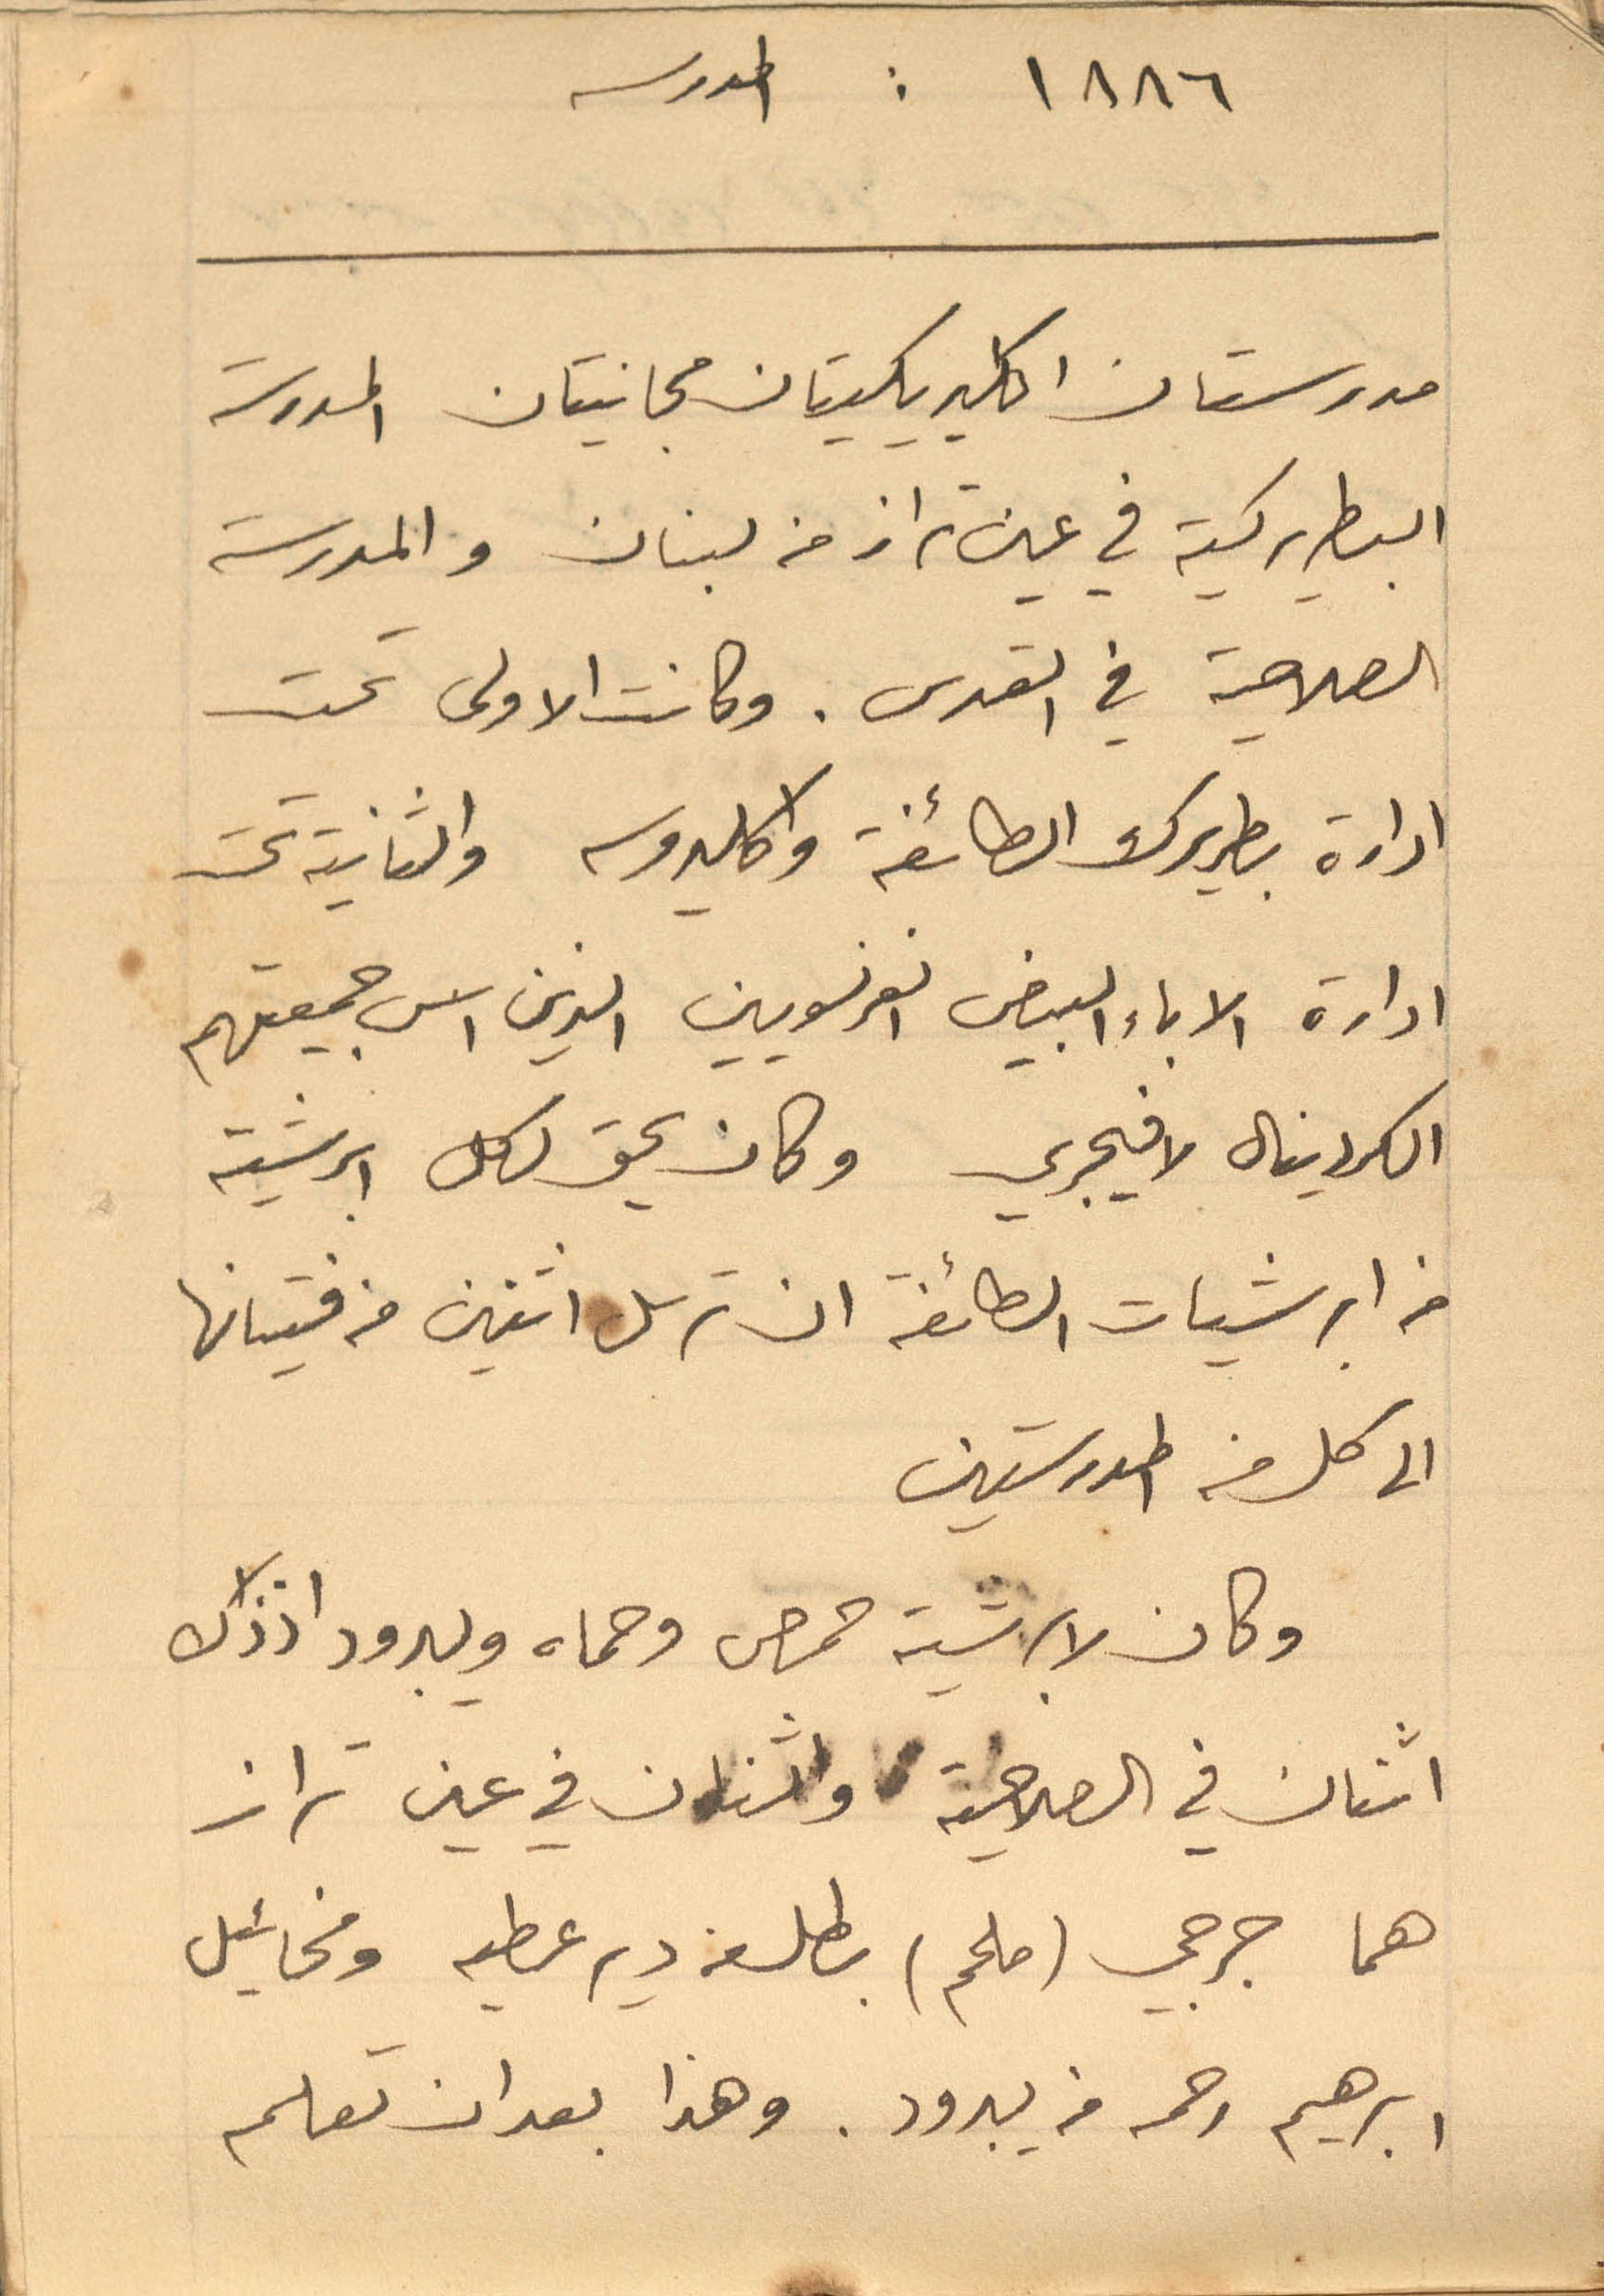
١٨٨٦: المدرسه
مدرستان اكليريكيتان مجانيتان المدرسة
البطريركية في عين تراز من لبنان والمدرسة
الصلاحية في القدس. وكانت الاولى تحت
ادارة بطريرك الطائفة واكليروسه والثانية تحت
ادارة الاباء البيض الفرنسويين الذين اسس جمعيتهم
الكردينال لافيجري وكان يحق لكل ابرشية
من ابرشيات الطائفة ان ترسل اثنين من فتيانها
الى كل من المدرستين
وكان لابرشية حمص وحماه ويبرود اذذاك
اثنان في الصلاحية واثنان في عين تراز
هما جرجي (ملحم) بطل من دير عطيه ومخائيل
ابراهيم رحمه من يبرود. وهذا بعد ان تعلم